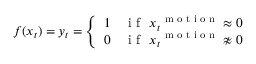
\boldsymbol f ( \boldsymbol x _ { t } ) = \boldsymbol y _ { t } = \left\{ \begin{array} { c l } { 1 } & { \mathrm { ~ i ~ f ~ } ~ \boldsymbol x _ { t } ^ { \mathrm { ~ \scriptsize ~ m ~ o ~ t ~ i ~ o ~ n ~ } } \approx 0 } \\ { 0 } & { \mathrm { ~ i ~ f ~ } ~ \boldsymbol x _ { t } ^ { \mathrm { ~ \scriptsize ~ m ~ o ~ t ~ i ~ o ~ n ~ } } \not \approx 0 } \end{array} \right.